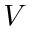
V